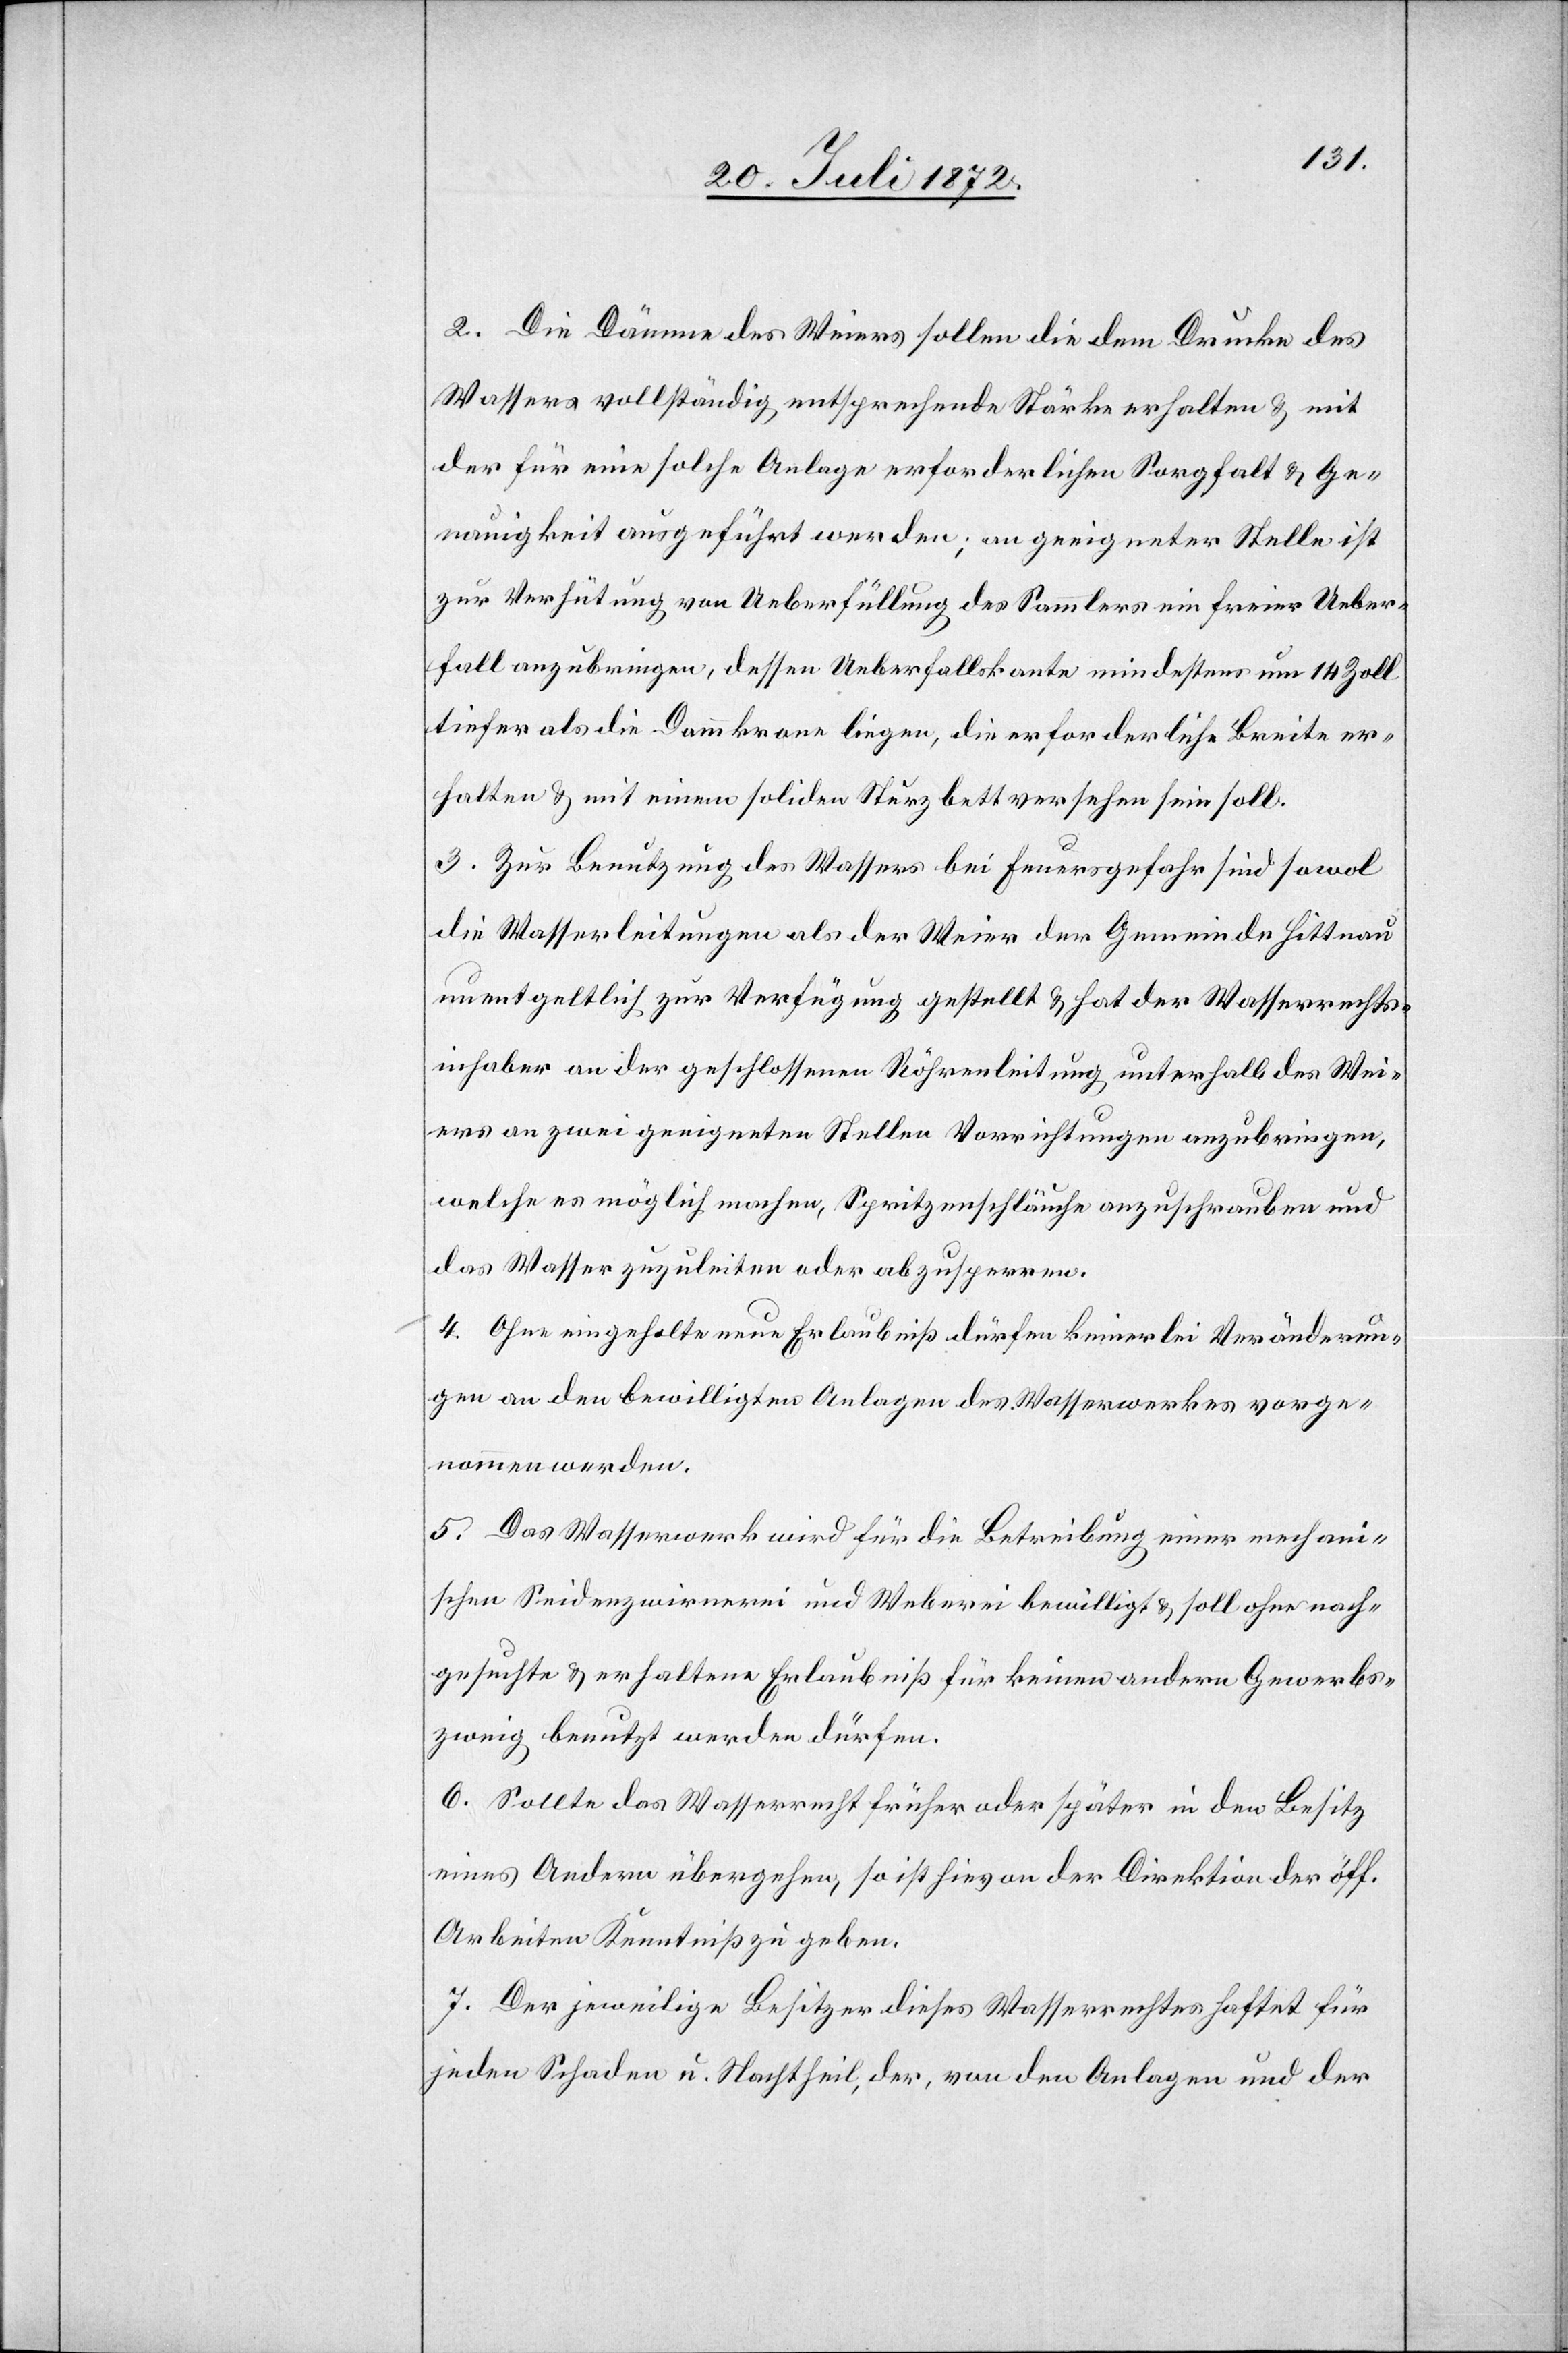
2. Die Dämme des Weiers sollen die dem Drucke des
Wassers vollständig entsprechende Stärke erhalten u. mit
der für eine solche Anlage erforderlichen Sorgfalt u. Ge¬
nauigkeit ausgeführt werden; an geeigneter Stelle ist
zur Verhütung von Ueberfüllung des Sammlers ein freier Ueber¬
fall anzubringen, dessen Ueberfallskante mindestens um 14 Zoll
tiefer als die Dammkrone liegen, die erforderliche Breite er¬
halten u. mit einem soliden Sturzbett versehen sein soll.
3. Zur Benutzung des Wassers bei Feuersgefahr sind sowol
die Wasserleitungen als der Weier der Gemeinde Hittnau
unentgeltlich zur Verfügung gestellt u. hat der Wasserrechts¬
inhaber an der geschlossenen Röhrenleitung unterhalb des Wei¬
ers an zwei geeigneten Stellen Vorrichtungen anzubringen,
welche es möglich machen, Spritzenschläuche anzuschrauben und
das Wasser zuzuleiten oder abzusperren.
4. Ohne eingeholte neue Erlaubniß dürfen keinerlei Veränderun¬
gen an den bewilligten Anlagen des Wasserwerkes vorge¬
nommen werden.
5. Das Wasserwehr wird für die Betreibung einer mechani¬
schen Seidenzwirnerei und Weberei bewilligt u. soll ohne nach¬
gesuchte u. erhaltene Erlaubniß für keinen andern Gewerbs¬
zweig benutzt werden dürfen.
6. Sollte das Wasserrecht früher oder später in den Besitz
eines Andern übergehen, so ist hievon der Direktion der öff.
Arbeiten Kenntniß zu geben.
7. Der jeweilige Besitzer dieses Wasserrechtes haftet für
jeden Schaden u. Nachtheil, der, von den Anlagen und der